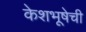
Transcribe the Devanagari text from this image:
केशभूषेची